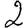
Digit: 2